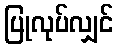
ပြုလုပ်လျှင်